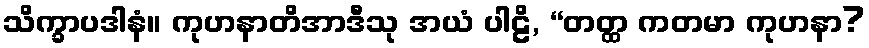
သိက္ခာပဒါနံ။ ကုဟနာတိအာဒီသု အယံ ပါဠိ, “တတ္ထ ကတမာ ကုဟနာ?